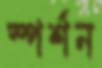
স্পর্শন